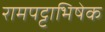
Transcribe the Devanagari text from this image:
रामपट्टाभिषेक